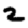
Digit: 2